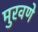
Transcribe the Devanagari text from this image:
मुरवणे